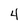
Character: 4